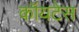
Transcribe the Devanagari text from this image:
कॉयटेस